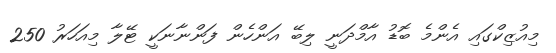
މިއުޒިކްގައި އެންމެ ބޮޑު އާމްދަނީ ލިބޭ އަންހެން ފަންނާނަކީ ޓޭލާ މިއަހަރު 250